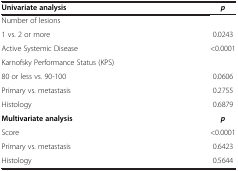
| Univariate analysis | p |
 | --- | --- |
 | Number of lesions |  |
 | 1 vs. 2 or more | 0.0243 |
 | Active Systemic Disease | <0.0001 |
 | Karnofsky Performance Status (KPS) |  |
 | 80 or less vs. 90-100 | 0.0606 |
 | Primary vs. metastasis | 0.2755 |
 | Histology | 0.6879 |
 | Multivariate analysis | p |
 | Score | <0.0001 |
 | Primary vs. metastasis | 0.6423 |
 | Histology | 0.5644 |